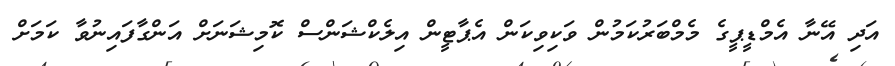
އަދި އޭނާ އެމްޑީޕީގެ މެމްބަރުކަމުން ވަކިވިކަން އެޕާޓީން އިލެކްޝަންސް ކޮމިޝަނަށް އަންގާފައިނުވާ ކަމަށް